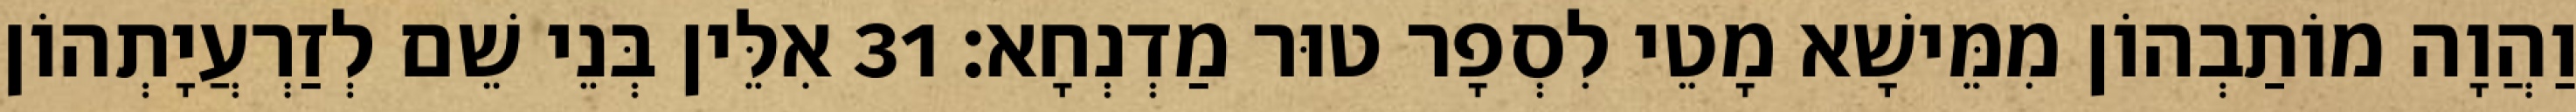
וַהֲוָה מוֹתַבְהוֹן מִמֵּישָׁא מָטֵי לִסְפָר טוּר מַדְנְחָא׃ 31 אִלֵּין בְּנֵי שֵׁם לְזַרְעֲיָתְהוֹן